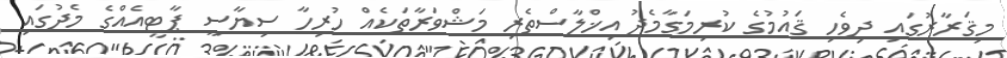
މިޤަރާރުގައި ދިވެހި ޤައުމުގެ ކުރިމަގާމެދު އިޚްލާސްތެރި މަޝްވަރާތަކެއް ހުރިހާ ސިޔާސީ ޕާޓީއެއްގެ މެދުގައި